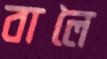
বালৈ